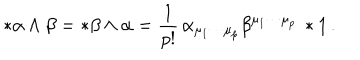
* \alpha \wedge \beta = * \beta \wedge \alpha = \frac { 1 } { p ! } \, \alpha _ { \mu _ { 1 } \cdots \mu _ { p } } \beta ^ { \mu _ { 1 } \cdots \mu _ { p } } \, * 1 \, .